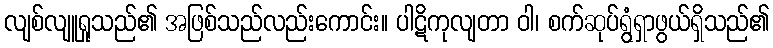
လျစ်လျူရှုသည်၏ အဖြစ်သည်လည်းကောင်း။ ပါဋိကုလျတာ ဝါ၊ စက်ဆုပ်ရွံရှာဖွယ်ရှိသည်၏